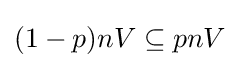
(1-p)nV\subseteq pnV